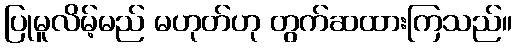
ပြုမူလိမ့်မည် မဟုတ်ဟု တွက်ဆထားကြသည်။